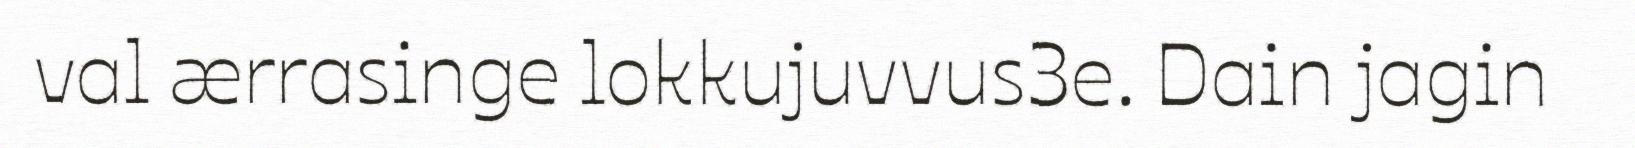
val ærrasinge lokkujuvvus3e. Dain jagin